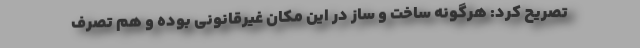
تصریح کرد: هرگونه ساخت و ساز در این مکان غیرقانونی بوده و هم تصرف